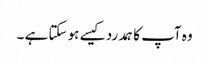
وہ آپ کا ہمدرد کیسے ہو سکتا ہے ۔